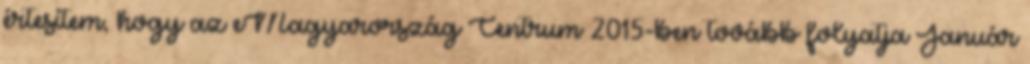
értesítem, hogy az eMagyarország Centrum 2015-ben tovább folyatja Január